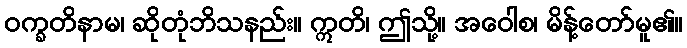
ဝက္ခတိနာမ၊ ဆိုတုံဘိသနည်း။ ဣတိ၊ ဤသို့။ အဝေါစ၊ မိန့်တော်မူ၏။